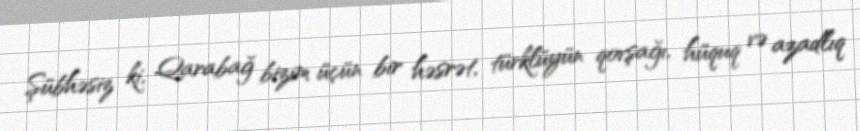
Şübhəsiz ki, Qarabağ bizim üçün bir həsrət, türklüyün qovşağı, hüquq və azadlıq